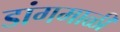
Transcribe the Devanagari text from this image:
डांगमाळी